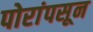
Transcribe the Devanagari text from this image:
पोरांपसून